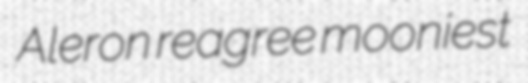
Aleron reagree mooniest